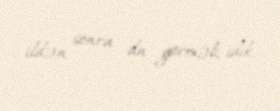
ildən sonra da görməli idik.